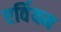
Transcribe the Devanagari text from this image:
एर्वियम